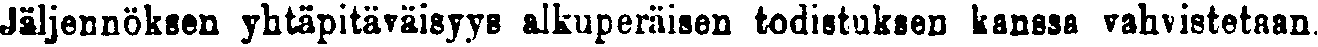
Jäljennöksen yhtäpitäväisyys alkuperäisen todistuksen kanssa vahvistetaan.